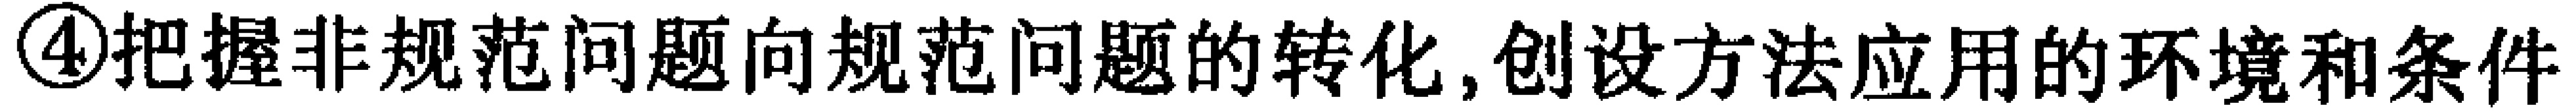
\textcircled{4}把握非规范问题向规范问题的转化,创设方法应用的环境和条件